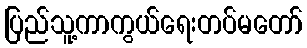
ပြည်သူ့ကာကွယ်ရေးတပ်မတော်